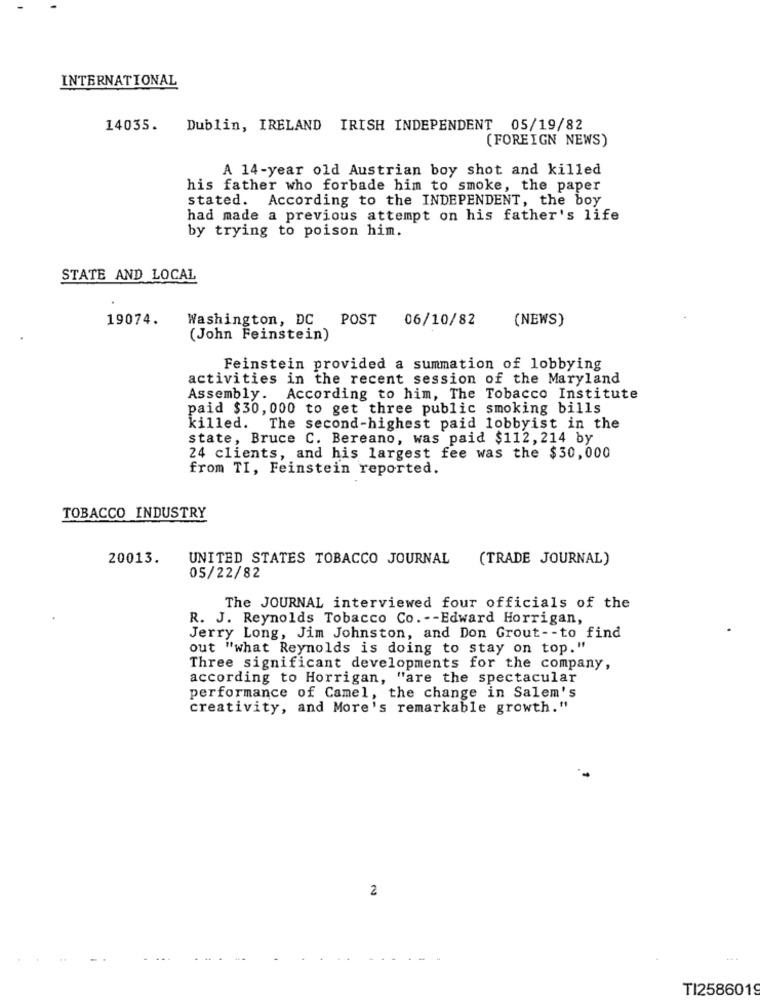
INTERNATIONAL
14035.
Dublin, IRELAND IRISH INDEPENDENT 05/19/82
(FOREIGN NEWS)
A 14-year old Austrian boy shot and killed
his father who forbade him to smoke, the paper
stated. According to the INDEPENDENT, the boy
had made a previous attempt on his father's life
by trying to poison him.
STATE AND LOCAL
19074.
Washington, DC POST 06/10/82
(NEWS)
(John Feinstein)
Feinstein provided a summation of lobbying
activities in the recent session of the Maryland
Assembly.
According to him, The Tobacco Institute
paid $30, 000 to get three public smoking bills
killed. The second-highest paid lobbyist in the
state, Bruce C. Bereano, was paid $112, 214 by
24 clients, and his largest fee was the $30,000
from TI, Feinstein reported.
TOBACCO INDUSTRY
20013.
UNITED STATES TOBACCO JOURNAL (TRADE JOURNAL)
05/22/82
The JOURNAL interviewed four officials of the
R. J. Reynolds Tobacco Co. -- Edward Horrigan,
Jerry Long, Jim Johnston, and Don Grout -- to find
out "what Reynolds is doing to stay on top."
Three significant developments for the company,
according to Horrigan, "are the spectacular
performance of Camel, the change in Salem's
creativity, and More's remarkable growth."
2
...
TI2586019